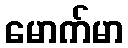
မောက်မာ